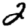
Digit: 2